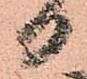
日